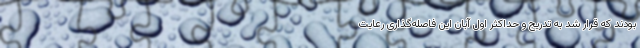
بودند که قرار شد به تدریج و حداکثر اول آبان این فاصله‌گذاری رعایت